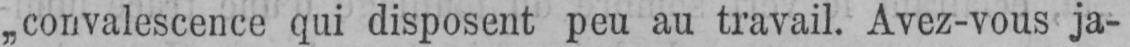
„convalescence qui disposent peu au travail. Avez-vous ja-